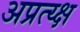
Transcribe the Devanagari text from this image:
अप्रत्य्क्ष